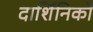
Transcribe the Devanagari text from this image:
दार्शिनिकों